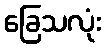
ခြေသလုံး